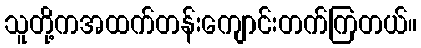
သူတို့ကအထက်တန်းကျောင်းတက်ကြတယ်။